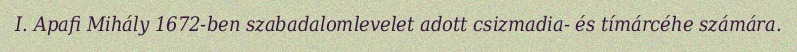
I. Apafi Mihály 1672-ben szabadalomlevelet adott csizmadia- és tímárcéhe számára.